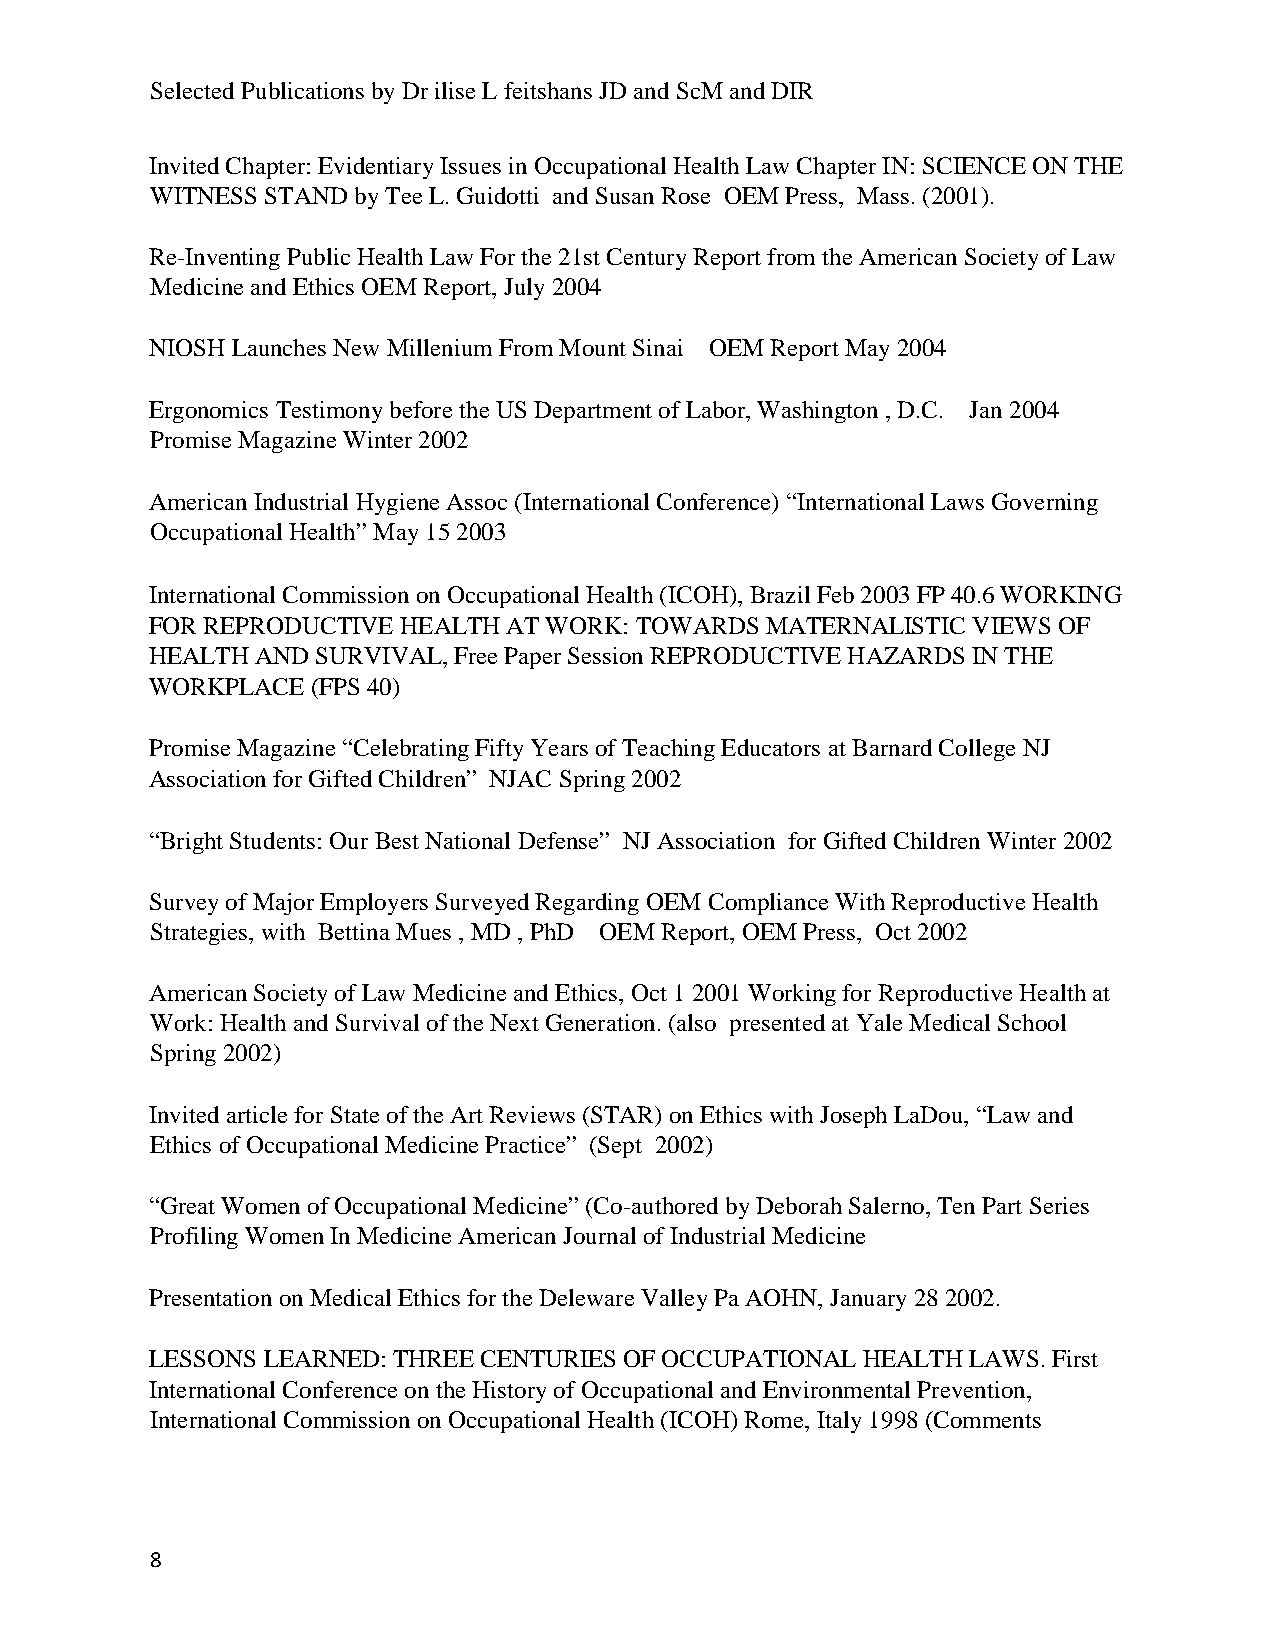
Selected Publications by Dr ilise L feitshans JD and ScM and DIR
 Invited Chapter: Evidentiary Issues in Occupational Health Law Chapter IN: SCIENCE ON THE
 WITNESS STAND by Tee L. Guidotti and Susan Rose OEM Press, Mass. (2001).
 Re-Inventing Public Health Law For the 21st Century Report from the American Society of Law
 Medicine and Ethics OEM Report, July 2004
 NIOSH Launches New Millenium From Mount Sinai OEM Report May 2004
 Ergonomics Testimony before the US Department of Labor, Washington , D.C. Jan 2004
 Promise Magazine Winter 2002
 American Industrial Hygiene Assoc (International Conference) “International Laws Governing
 Occupational Health” May 15 2003
 International Commission on Occupational Health (ICOH), Brazil Feb 2003 FP 40.6 WORKING
 FOR REPRODUCTIVE HEALTH AT WORK: TOWARDS MATERNALISTIC VIEWS OF
 HEALTH AND SURVIVAL, Free Paper Session REPRODUCTIVE HAZARDS IN THE
 WORKPLACE  (FPS 40)
 Promise Magazine “Celebrating Fifty Years of Teaching Educators at Barnard College NJ
 Association for Gifted Children” NJAC Spring 2002
 “Bright Students: Our Best National Defense” NJ Association for Gifted Children Winter 2002
 Survey of Major Employers Surveyed Regarding OEM Compliance With Reproductive Health
 Strategies, with Bettina Mues , MD , PhD OEM Report, OEM Press, Oct 2002
 American Society of Law Medicine and Ethics, Oct 1 2001 Working for Reproductive Health at
 Work: Health and Survival of the Next Generation. (also presented at Yale Medical School
 Spring 2002)
 Invited article for State of the Art Reviews (STAR) on Ethics with Joseph LaDou, “Law and
 Ethics of Occupational Medicine Practice” (Sept 2002)
 “Great Women of Occupational Medicine” (Co-authored by Deborah Salerno, Ten Part Series
 Profiling Women In Medicine American Journal of Industrial Medicine
 Presentation on Medical Ethics for the Deleware Valley Pa AOHN, January 28 2002.
 LESSONS LEARNED: THREE CENTURIES OF OCCUPATIONAL HEALTH LAWS. First
 International Conference on the History of Occupational and Environmental Prevention,
 International Commission on Occupational Health (ICOH) Rome, Italy 1998 (Comments
 8